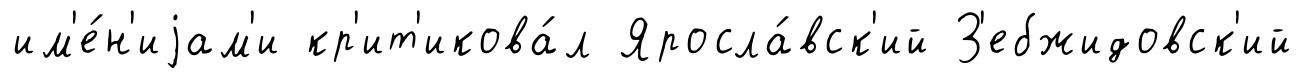
им'е́н'иjам'и кр'ит'икова́л Яросла́вск'ий З'ебжидовск'ий